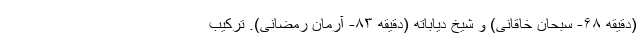
(دقیقه ۶۸- سبحان خاقانی) و شیخ دیاباته (دقیقه ۸۳- آرمان رمضانی). ترکیب